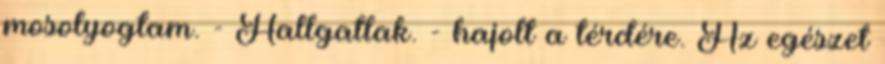
mosolyogtam. - Hallgatlak. - hajolt a térdére. Az egészet